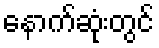
နောက်ဆုံးတွင်